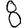
Digit: 8